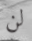
لن